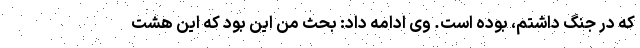
که در جنگ داشتم، بوده است. وی ادامه داد: بحث من این بود که این هشت